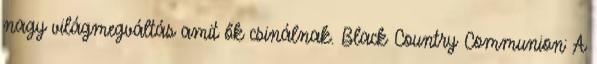
nagy világmegváltás amit ők csinálnak. Black Country Communion: A